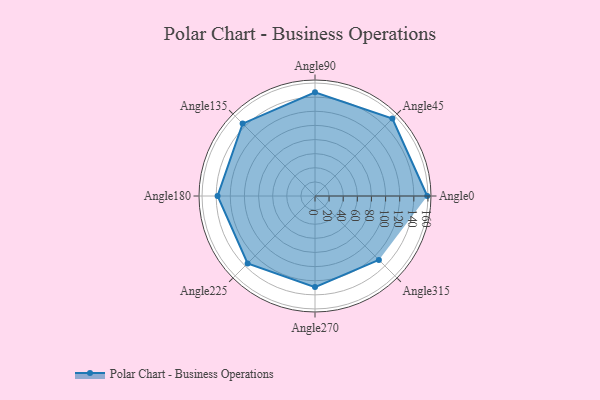
{"axis": {"x": "Angle", "y": "Radius"}, "legend": [""], "data": [{"x": "Angle0", "y": 159.0, "type": ""}, {"x": "Angle45", "y": 155.0, "type": ""}, {"x": "Angle90", "y": 147.0, "type": ""}, {"x": "Angle135", "y": 145.0, "type": ""}, {"x": "Angle180", "y": 138.0, "type": ""}, {"x": "Angle225", "y": 135.0, "type": ""}, {"x": "Angle270", "y": 129.0, "type": ""}, {"x": "Angle315", "y": 128.0, "type": ""}]}